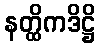
နတ္ထိကဒိဋ္ဌိ